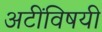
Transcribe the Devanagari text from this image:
अटींविषयी